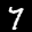
Label: 7